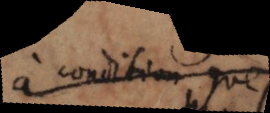
à condition que